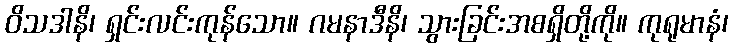
ဝိသဒါနိ၊ ရှင်းလင်းကုန်သော။ ဂမနာဒီနိ၊ သွားခြင်းအစရှိတို့ကို။ ကုရုမာနံ၊